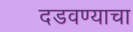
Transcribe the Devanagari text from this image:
दडवण्याचा